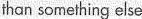
than something else